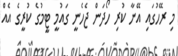
މި ރޭހުގައި އޭނާ ކުރި ހޯދަން ޖެހެނީ ގައުމީ ޓީމުގެ ކުރީގެ އެއް